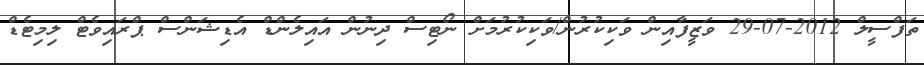
ތަފްސީލް 2012-07-29 ވަޒީފާއިން ވަކިކުރުން/ވަކިކުރުމަށް ނޯޓިސް ދިނުން އައިލެންޑް އެޑިޝަންސް ޕްރައިވެޓް ލިމިޓެޑް